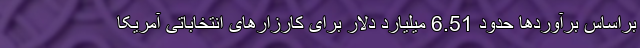
براساس برآوردها حدود 6.51 میلیارد دلار برای کارزارهای انتخاباتی آمریکا